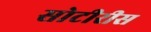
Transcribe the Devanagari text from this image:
सोटीरीस